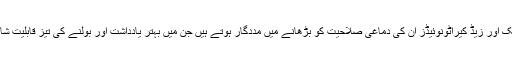
ایک سروے کے مطابق 90 سال سے زئد عمر والے بوڑھے افراد میں ایک اور زیڈ کیراٹونوئیڈز ان کی دماغی صلاحیت کو بڑھانے میں مددگار ہوتے ہیں جن میں بہتر یادداشت اور بولنے کی تیز قابلیت شامل ہے لیکن ماہرین اس کی مرکزی وجہ جاننے کی کوشش کر رہے ہیں۔